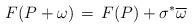
LaTeX: \begin{align*}F(P+\omega)\,=\, F(P)+ \sigma^*\overline{\omega}\end{align*}